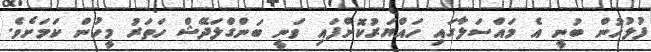
ފުލުހުން ބުނީ އެ މައްސަލާގައި ހައްޔަރުކޮށްފައި ވަނީ ބަންގްލަދޭޝް ހަތަރު މީހުން ކަމަށެވެ.